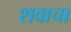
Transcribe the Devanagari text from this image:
शवाचा